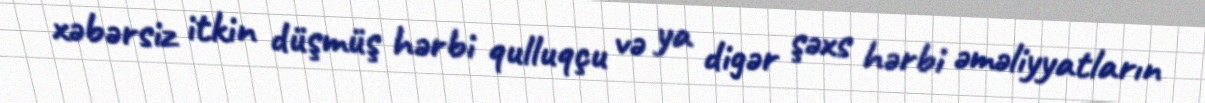
xəbərsiz itkin düşmüş hərbi qulluqçu və ya digər şəxs hərbi əməliyyatların